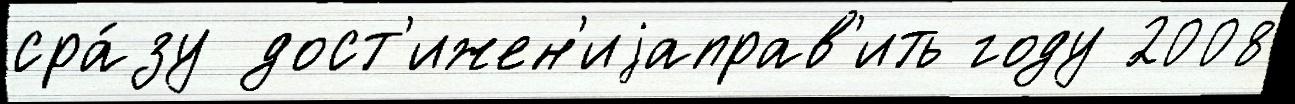
сра́зу дост'ижен'иjаправ'ить году 2008